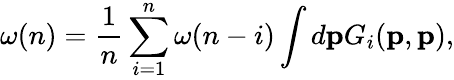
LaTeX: \omega(n)=\frac{1}{n}\sum_{i=1}^{n}\omega(n-i)\int d{\mathbf p}G_{i}({\mathbf p},{\mathbf p}),